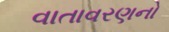
વાતાવરણનો